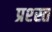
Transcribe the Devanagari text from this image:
प्रश्स्त